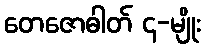
တေဇောဓါတ် ၄-မျိုး